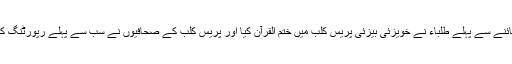
یاد رہے کہ مدرسے کی معائنے سے پہلے طلباء نے خویزئی بیزئی پریس کلب میں ختم القرآن کیا اور پریس کلب کے صحافیوں نے سب سے پہلے رپورٹنگ کا اس مدرسے سے آغاز کیا۔